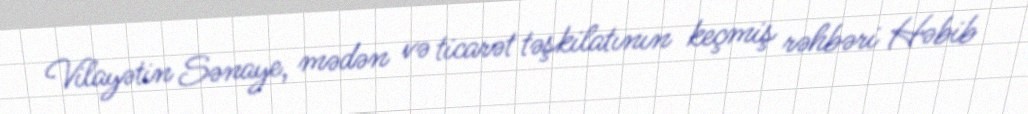
Vilayətin Sənaye, mədən və ticarət təşkilatının keçmiş rəhbəri Həbib